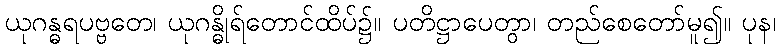
ယုဂန္ဓရပဗ္ဗတေ၊ ယုဂန္ဓိုရ်တောင်ထိပ်၌။ ပတိဋ္ဌာပေတွာ၊ တည်စေတော်မူ၍။ ပုန၊